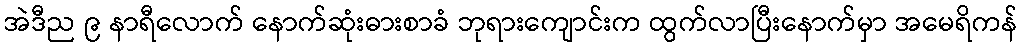
အဲဒီည ၉ နာရီလောက် နောက်ဆုံးဓားစာခံ ဘုရားကျောင်းက ထွက်လာပြီးနောက်မှာ အမေရိကန်